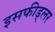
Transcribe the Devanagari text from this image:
इसफीड्लर